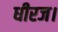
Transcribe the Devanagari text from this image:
धीरज।